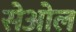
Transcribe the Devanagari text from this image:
सेओल